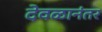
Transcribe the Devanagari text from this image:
देवळानंतर